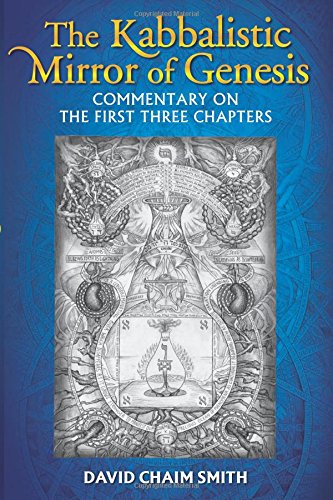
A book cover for The Kabbalistic Mirror of Genesis: Commentary on the First Three Chapters; David Chaim Smith; Religion & Spirituality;